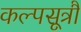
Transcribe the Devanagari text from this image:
कल्पसूत्रौं